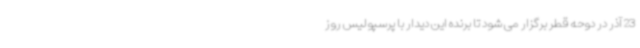
23 آذر در دوحه قطر برگزار می شود تا برنده این دیدار با پرسپولیس روز